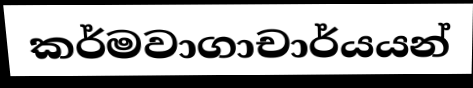
කර්මවාගාචාර්යයන්